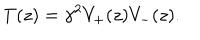
LaTeX: T ( z ) = \gamma ^ { 2 } V _ { + } ( z ) V _ { - } ( z ) .